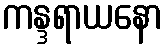
ကန္ဒရာယနော